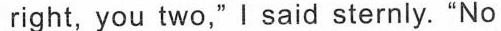
right, you two," I said sternly. "No